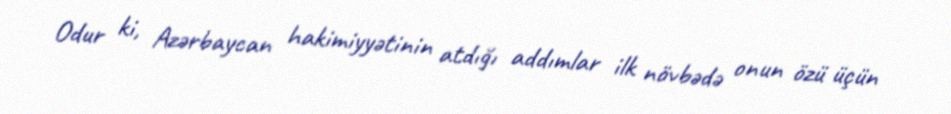
Odur ki, Azərbaycan hakimiyyətinin atdığı addımlar ilk növbədə onun özü üçün